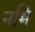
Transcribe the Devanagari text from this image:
नभि